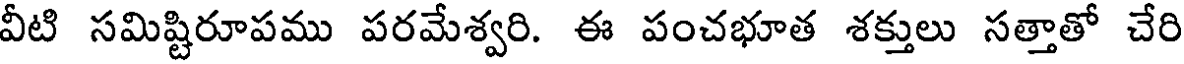
వీటి సమిష్టిరూపము పరమేశ్వరి. ఈ పంచభూత శక్తులు సత్తాతో చేరి